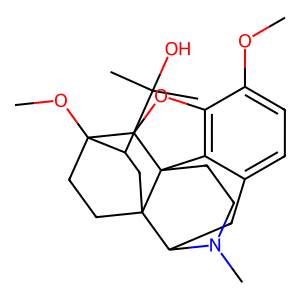
SMILES: COc1ccc2c3c1OC1C4(OC)CCC5(CC4C(C)(C)O)C(C2)N(C)CCC315
Inhibits HIV replication: No